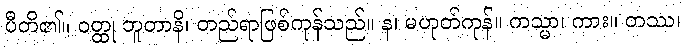
ပီတိ၏။ ဝတ္ထု ဘူတာနိ၊ တည်ရာဖြစ်ကုန်သည်။ န၊ မဟုတ်ကုန်။ ကသ္မာ၊ ကား။ တဿ၊